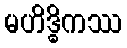
မဟိဒ္ဓိကဿ